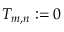
T _ { m , n } : = 0